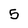
Character: 5